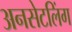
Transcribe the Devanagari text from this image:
अनसेटलिंग